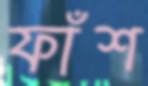
ফাঁশ